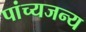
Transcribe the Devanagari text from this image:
पांच्यजन्य